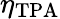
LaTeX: \eta_{\mathrm{TPA}}